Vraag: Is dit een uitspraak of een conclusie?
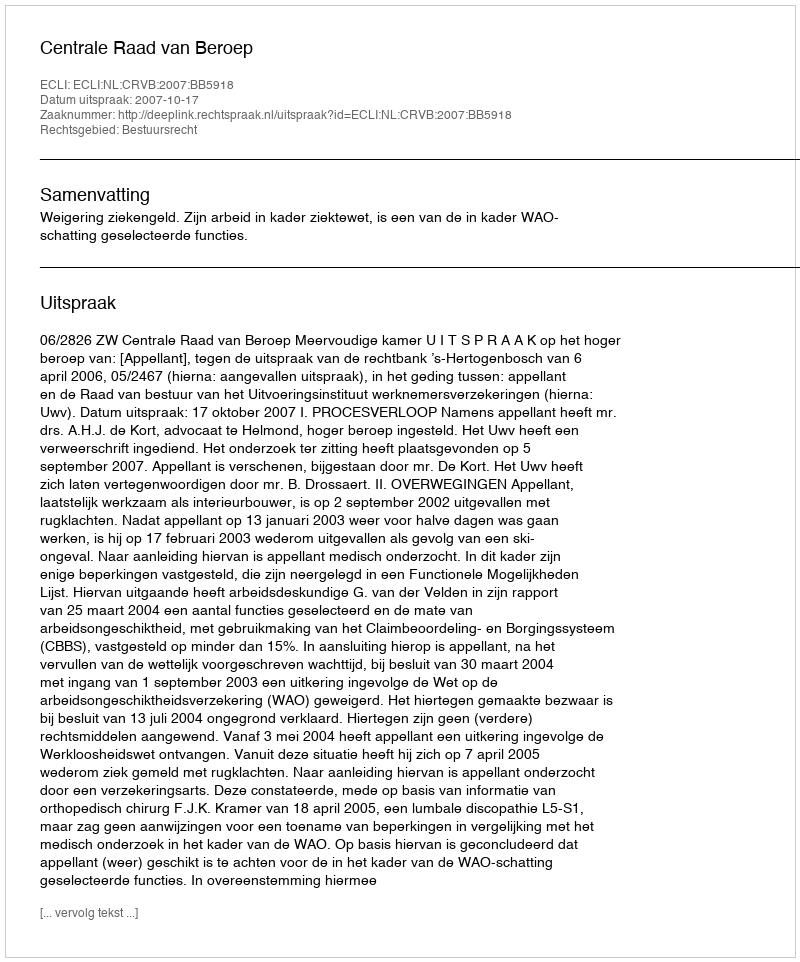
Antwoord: Uitspraak